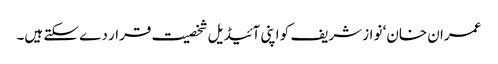
عمران خان‘ نواز شریف کو اپنی آئیڈیل شخصیت قرار دے سکتے ہیں۔